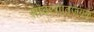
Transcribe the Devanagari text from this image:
सावरगावजवळ